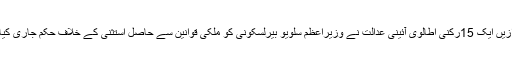
قبل ازیں ایک 15رکنی اطالوی آئینی عدالت نے وزیراعظم سلویو بیرلسکونی کو ملکی قوانین سے حاصل استثنیٰ کے خلاف حکم جاری کیا تھا۔